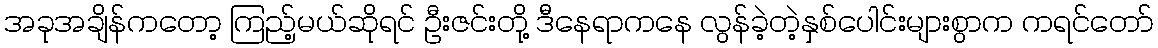
အခုအချိန်ကတော့ ကြည့်မယ်ဆိုရင် ဦးဇင်းတို့ ဒီနေရာကနေ လွန်ခဲ့တဲ့နှစ်ပေါင်းများစွာက ကရင်တော်